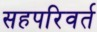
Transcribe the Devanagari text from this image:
सहपरिवर्त